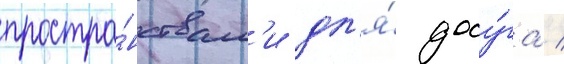
простра́нствам'и дл'я́ досу́га /